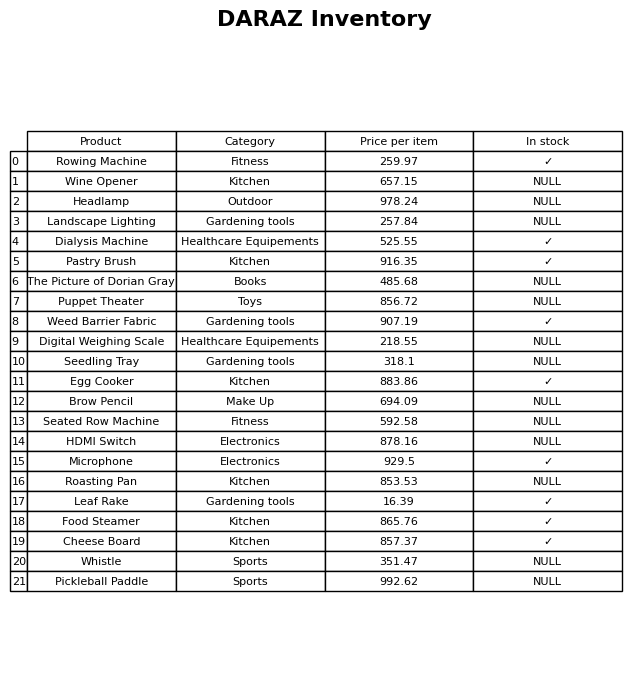
question: What is the price of the Landscape Lighting?
answer: The price of Landscape Lighting is 257.84.